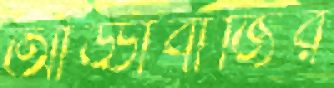
আড্ডাবাজির